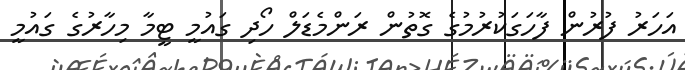
އަހަރު ފުރުން ފާހަަގަކުރުމުގެ ގޮތުން ރަންމެޑަލް ހޯދި ގައުމީ ޓީމާ މިހާރުގެ ގައުމީ